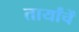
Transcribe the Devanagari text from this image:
तार्यांचें